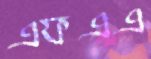
এফএএ